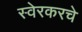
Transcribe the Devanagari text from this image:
स्वेरकरचे